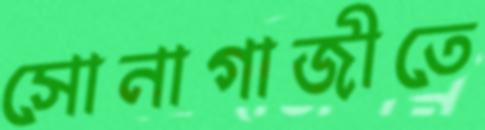
সোনাগাজীতে